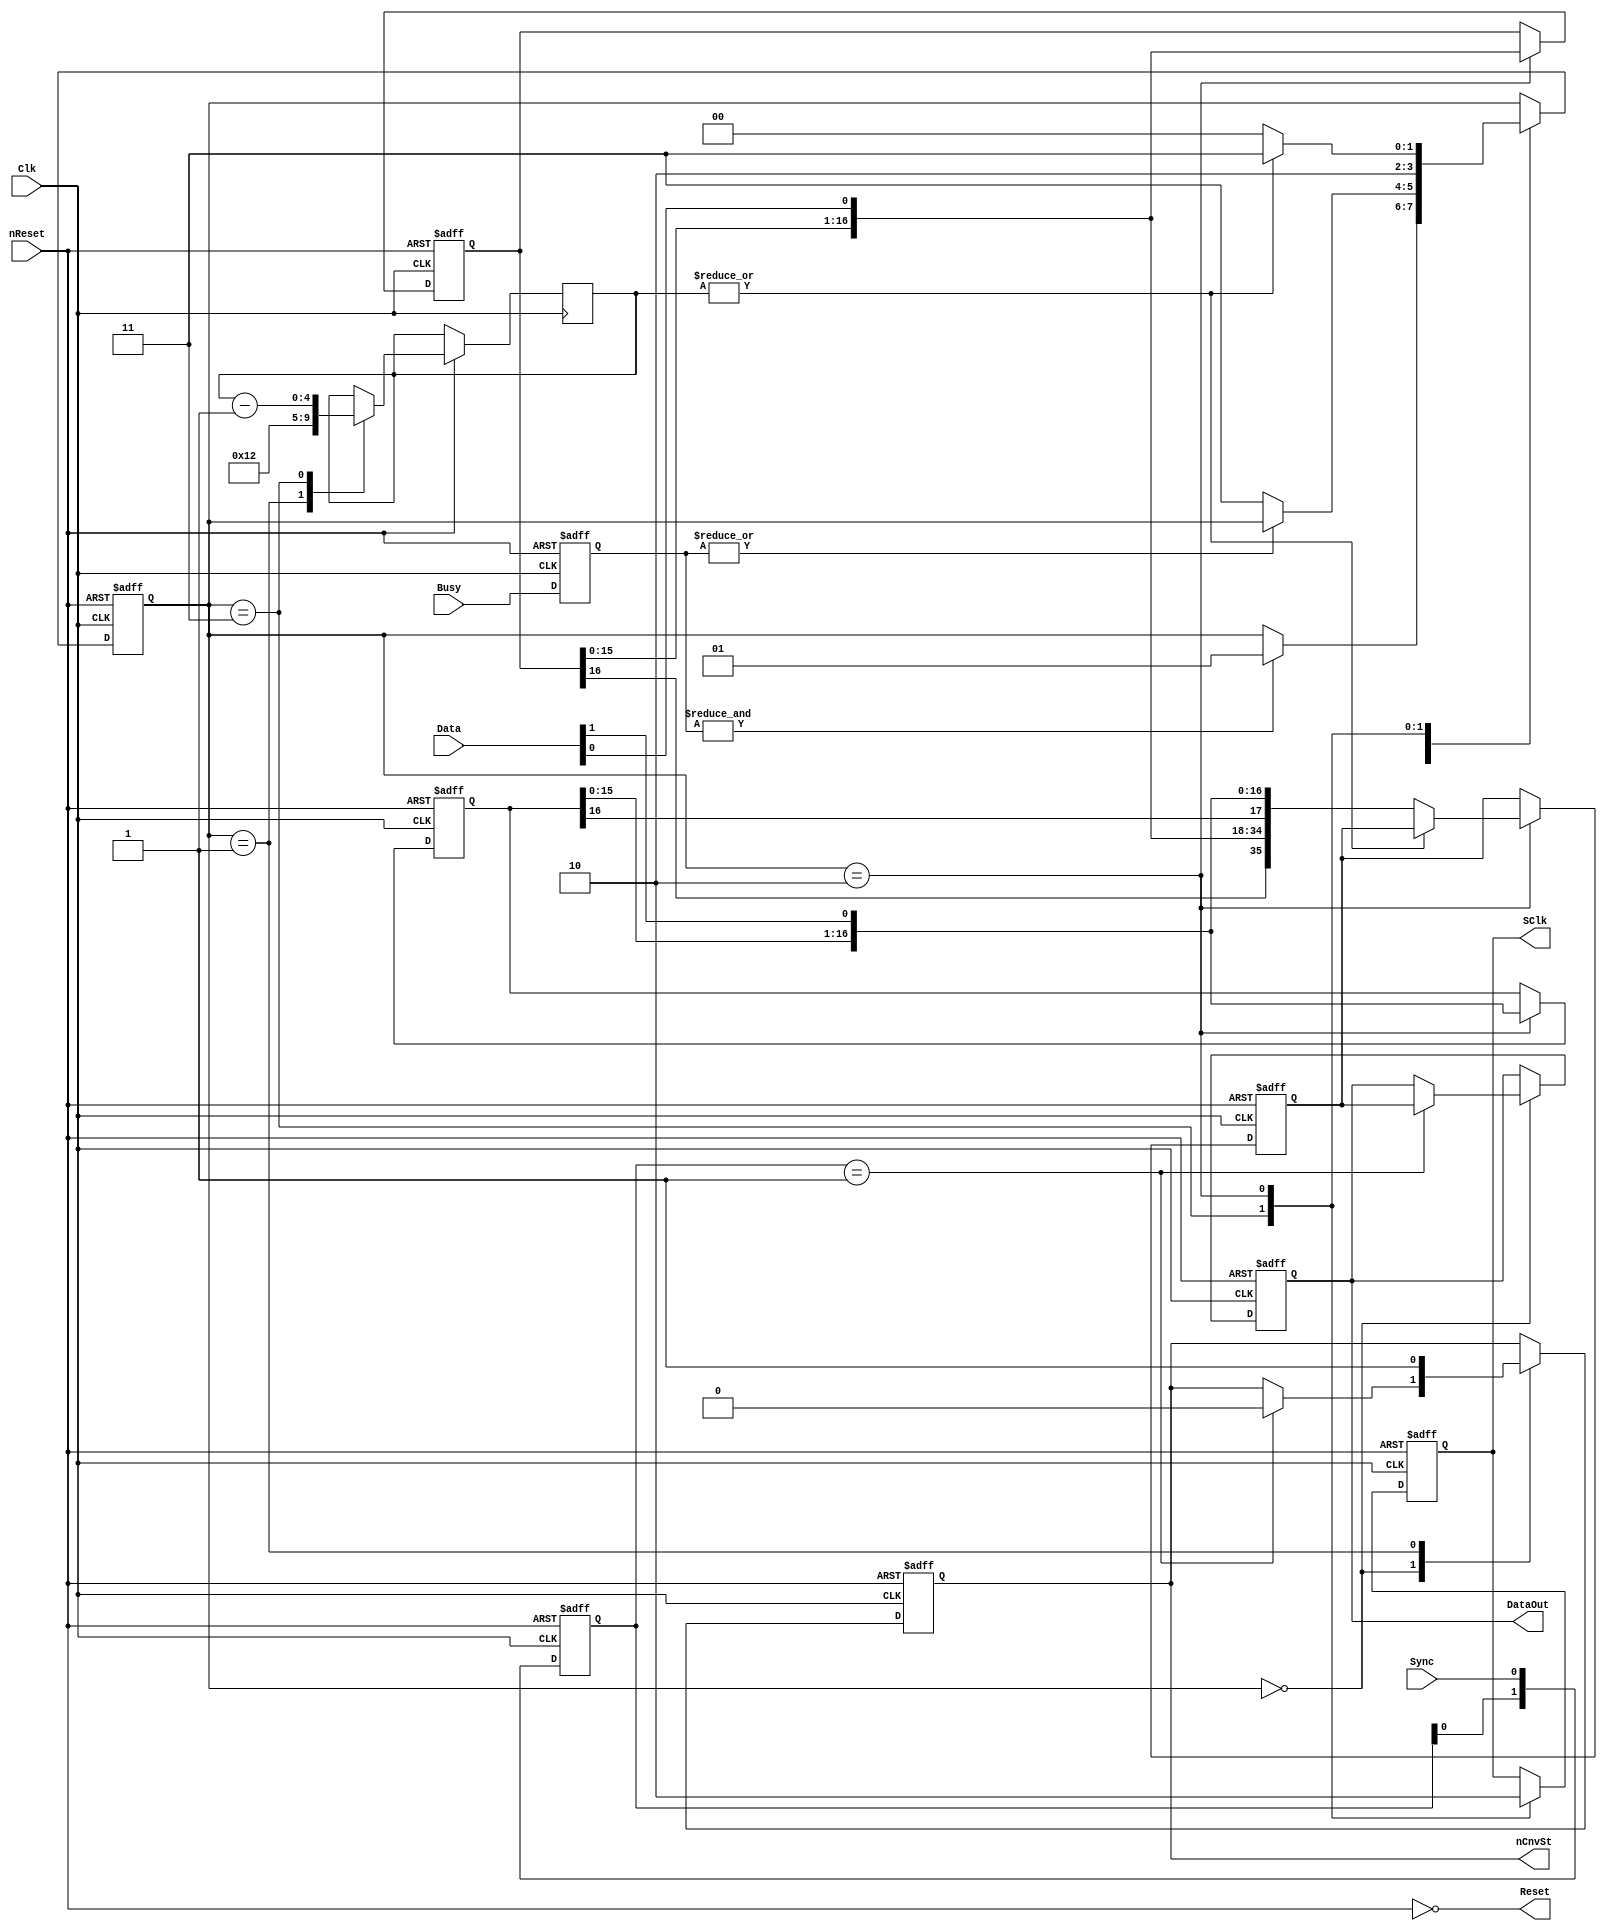
//==============================================================================
// Copyright (C) John-Philip Taylor
// jpt13653903@gmail.com
//
// This file is part of a library
//
// This file is free software: you can redistribute it and/or modify
// it under the terms of the GNU General Public License as published by
// the Free Software Foundation, either version 3 of the License, or
// (at your option) any later version.
// 
// This program is distributed in the hope that it will be useful,
// but WITHOUT ANY WARRANTY; without even the implied warranty of
// MERCHANTABILITY or FITNESS FOR A PARTICULAR PURPOSE.  See the
// GNU General Public License for more details.
// 
// You should have received a copy of the GNU General Public License
// along with this program.  If not, see <http://www.gnu.org/licenses/>
//==============================================================================

module AD7674(
  input nReset,
  input Clk,  // 50 MHz
  input Sync, // 390.625 kHz
  
  output       Reset,
  output reg   nCnvSt,
  input  [ 1:0]Busy,
  output reg   SClk,
  input  [ 1:0]Data,
  
  output reg [35:0]DataOut); // 2x 18-bit, 2's Compliment

  reg [ 1:0]tBusy;
  reg [ 1:0]state;
  reg [ 4:0]count;
  reg [16:0]tData[1:0];
  reg [ 1:0]tSync;
  reg [35:0]tDataOut;
//------------------------------------------------------------------------------
 
  assign Reset = ~nReset;

  always @(negedge nReset, posedge Clk) begin
    if(!nReset) begin
      tBusy    <= 0;
      state    <= 0;
      nCnvSt   <= 1'b1;
      SClk     <= 0;
      tData[0] <= 0;
      tData[1] <= 0;
      tDataOut <= 0;
      DataOut  <= 0;
      tSync    <= 0;
  
    end else begin
      tSync <= {tSync[0], Sync};
      tBusy <= Busy;
  
      case(state)
        2'b00: begin
          if(tSync == 2'b01) begin
            DataOut <= tDataOut;
            nCnvSt  <= 1'b0;
          end
          if(&tBusy) begin
            state <= 2'b01;
          end
        end

        2'b01: begin
          nCnvSt <= 1'b1;
          count  <= 5'd18;
          if(~|tBusy) begin
            state <= 2'b11;
          end
        end
    
        2'b11: begin
          SClk  <= 1'b1;
          count <= count - 1'b1;
          state <= 2'b10;
        end

        2'b10: begin
          SClk <= 1'b0;
          if(~|count) begin
            tDataOut <= {tData[0], Data[0], tData[1], Data[1]};
            state    <= 2'b00;
          end else begin
            state <= 2'b11;
          end
          tData[0] <= {tData[0][15:0], Data[0]};
          tData[1] <= {tData[1][15:0], Data[1]};
        end
    
        default:;
      endcase
    end
  end
endmodule
//------------------------------------------------------------------------------